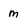
Character: m